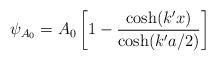
LaTeX: \begin{align*}\psi_{A_{0}}=A_{0}\left[1-\frac{\cosh(k'x)}{\cosh(k'a/2)}\right]\end{align*}